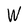
Character: W